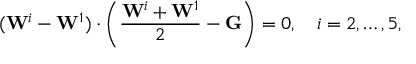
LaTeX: ( \mathbf { W } ^ { i } - \mathbf { W } ^ { 1 } ) \cdot \left( { \frac { \mathbf { W } ^ { i } + \mathbf { W } ^ { 1 } } { 2 } } - \mathbf { G } \right) = 0 , \quad i = 2 , \ldots , 5 ,